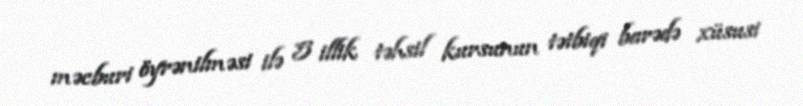
məcburi öyrənilməsi ilə 5 illik təhsil kursunun tətbiqi barədə xüsusi